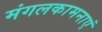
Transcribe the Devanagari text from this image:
मंगलकामनाएं